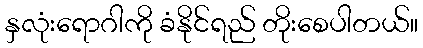
နှလုံးရောဂါကို ခံနိုင်ရည် တိုးစေပါတယ်။